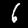
Digit: 6